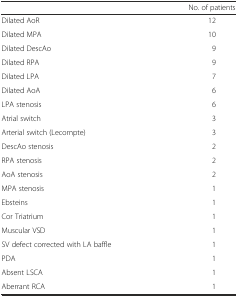
<table><thead><tr><td>[EMPTY_CELL]</td><td><b>No. of patients</b></td></tr></thead><tbody><tr><td>Dilated AoR</td><td>12</td></tr><tr><td>Dilated MPA</td><td>10</td></tr><tr><td>Dilated DescAo</td><td>9</td></tr><tr><td>Dilated RPA</td><td>9</td></tr><tr><td>Dilated LPA</td><td>7</td></tr><tr><td>Dilated AoA</td><td>6</td></tr><tr><td>LPA stenosis</td><td>6</td></tr><tr><td>Atrial switch</td><td>3</td></tr><tr><td>Arterial switch (Lecompte)</td><td>3</td></tr><tr><td>DescAo stenosis</td><td>2</td></tr><tr><td>RPA stenosis</td><td>2</td></tr><tr><td>AoA stenosis</td><td>2</td></tr><tr><td>MPA stenosis</td><td>1</td></tr><tr><td>Ebsteins</td><td>1</td></tr><tr><td>Cor Triatrium</td><td>1</td></tr><tr><td>Muscular VSD</td><td>1</td></tr><tr><td>SV defect corrected with LA baffle</td><td>1</td></tr><tr><td>PDA</td><td>1</td></tr><tr><td>Absent LSCA</td><td>1</td></tr><tr><td>Aberrant RCA</td><td>1</td></tr></tbody></table>